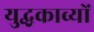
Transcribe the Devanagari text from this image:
युद्धकाव्यों